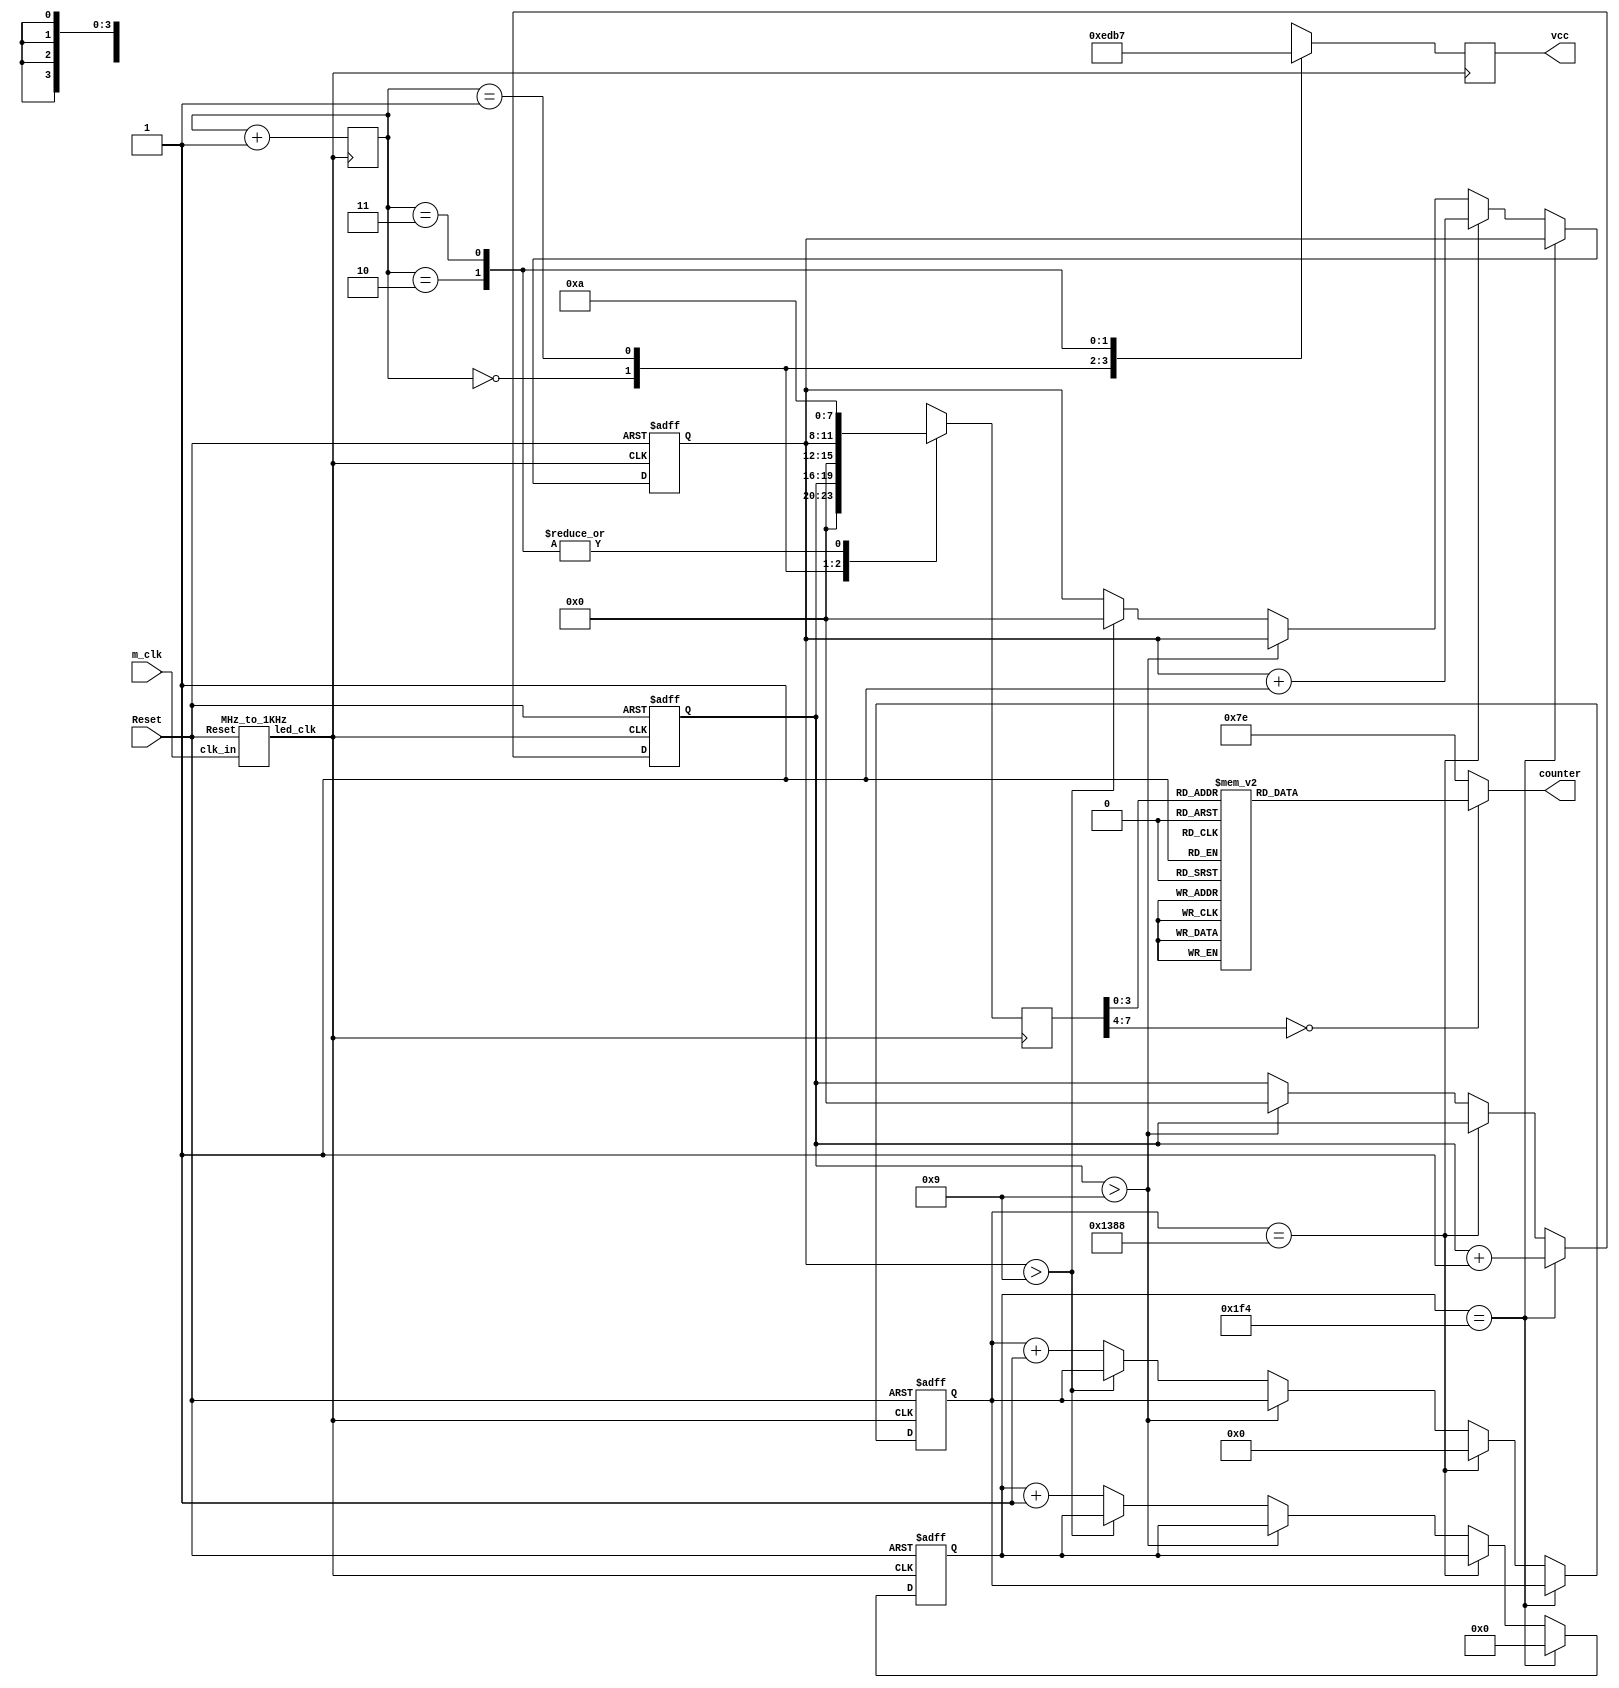
module Seven_segment_counter(m_clk, counter, Reset, vcc);

    output reg [7:0]counter;
    reg [7:0]led_count;
    reg [3:0]led_count_M;
    input m_clk, Reset;
    output reg [3:0]vcc;
    reg [8:0] count1;
    reg [15:0]count2;
    wire F_clk;
    reg [3:0]led_count_L;
    reg [1:0]i,k;
    
    // MHz_to_1Hz ck(.clk_in(m_clk), .led_clk(S_clk), .Reset(Reset));
     MHz_to_1KHz ck1(.clk_in(m_clk), .led_clk(F_clk), .Reset(Reset));
     
     initial
        begin
            led_count_L <= 4'b0;
            led_count_M <= 4'b0;
            count1 <= 9'b0;
            count2 <= 16'b0;
        end
/*     always @(posedge S_clk or posedge Reset)
        begin
           if(Reset)
             begin
                led_count_L <= 4'b0;
             end
           else
                begin
                   if(led_count_L == 4'd9)
                       begin
                             led_count_L <=] 4'b0;
                             if(led_count_M == 4'd9)
                                led_count_M <= 4'b0;
                             else
                                led_count_M <= led_count_M + 1;
                       end
                   else
                        led_count_L <= led_count_L + 1;
                end
        end
     */
     always @(posedge F_clk or posedge Reset)
                begin
                   if(Reset)
							begin
                              count1 <= 9'b0;
							  count2 <= 16'b0;
							  led_count_L <= 0;
							  led_count_M <= 0;
							end
                   else 
                    begin                           
                           if(count1 == 16'd500)
                                                        begin
                                                           count1 <= 9'b0;
                                                          led_count_L <= led_count_L + 1;
                                                        end
                                                     else if(count2 == 16'd5000)
                                                            begin
                                                                count2 <= 16'b0;
                                                                led_count_M <= led_count_M + 1;
                                                            end
                                                  else if(led_count_L > 4'd9)
                                                    led_count_L <= 4'd0;
                                                  else if(led_count_M > 4'd9)
                                                    led_count_M <= 4'd0;
                                                else
                                                            begin
                                                    count1 <= count1 + 1;
                                                              count2 <= count2 + 1;
                                                            end
                    end
                end
     
     always @(posedge F_clk)
        begin
            case(i)
                2'b00:
                        begin
                            vcc <= 4'b1110;
                            led_count <= led_count_L;
                        end
                2'b01:
                        begin
                            vcc <= 4'b1101;
                            led_count <= led_count_M;
                        end
                2'b10:
                        begin
                            vcc <= 4'b1011;
                            led_count <= 4'd10;
                        end
                 2'b11:
                       begin
                          vcc <= 4'b0111;
                          led_count <= 4'd10;
                       end
                 default: i <= 0;
            endcase
            i = i + 1;
        end
     
     
        always @(*)
            begin
                case(led_count)
                    8'd0: counter[7:0] <= 8'b10000001;
                    8'd1: counter[7:0] <= 8'b11001111;
                    8'd2: counter[7:0] <= 8'b10010010;
                    8'd3: counter[7:0] <= 8'b10000110;
                    8'd4: counter[7:0] <= 8'b11001100;
                    8'd5: counter[7:0] <= 8'b10100100;
                    8'd6: counter[7:0] <= 8'b10100000;
                    8'd7: counter[7:0] <= 8'b10001111;
                    8'd8: counter[7:0] <= 8'b10000000;
                    8'd9: counter[7:0] <= 8'b10001100;
                    default: counter[7:0] <= 8'b1111110;
                endcase
            end
     

endmodule

module MHz_to_1KHz(clk_in, led_clk, Reset);

    output led_clk;
    input clk_in, Reset;
    reg led_clk;
    reg [17:0]count;
    
    initial
        begin
            led_clk <= 1'b0;
            count <= 18'b0;
        end
        
    always @(posedge clk_in or posedge Reset)
        begin
            if(Reset)
                begin
                    led_clk <= 1'b0;
                    count <= 18'b0;
                end
                
            else if(count < 18'b011000011010100000)
                    count <= count + 1'b1;
                
            else if(count === 18'b011000011010100000)
                  begin
                     led_clk <= ~led_clk;
                     count <= 28'b0;
                  end
          end

endmodule